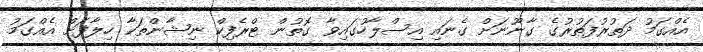
އެއްގަމު ދަތުރުފަތުރުގެ ގާނޫނަށް ގެނައި އިސްލާހުގައިވާ ގޮތުން ޓްރެފިކް ނިޝާންތަކާ ހިލާފަށް އެއްގަމު